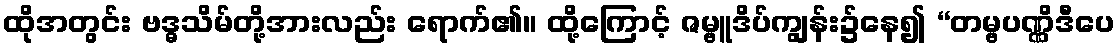
ထိုအတွင်း ဗဒ္ဓသိမ်တို့အားလည်း ရောက်၏။ ထို့ကြောင့် ဇမ္ဗူဒိပ်ကျွန်း၌နေ၍ “တမ္ဗပဏ္ဏိဒီပေ